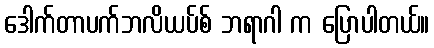
ဒေါက်တာပက်ဘလိယပ်စ် ဘရာဂါ က ပြောပါတယ်။